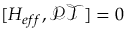
[ H _ { e f f } , \mathcal { P T } ] = 0